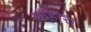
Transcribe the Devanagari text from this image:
कहाश्